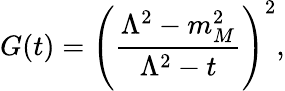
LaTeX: G(t)=\left({\frac{\Lambda^{2}-m_{M}^{2}}{\Lambda^{2}-t}}\right)^{2},